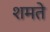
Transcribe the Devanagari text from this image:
शमते